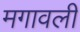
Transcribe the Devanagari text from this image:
मगावली